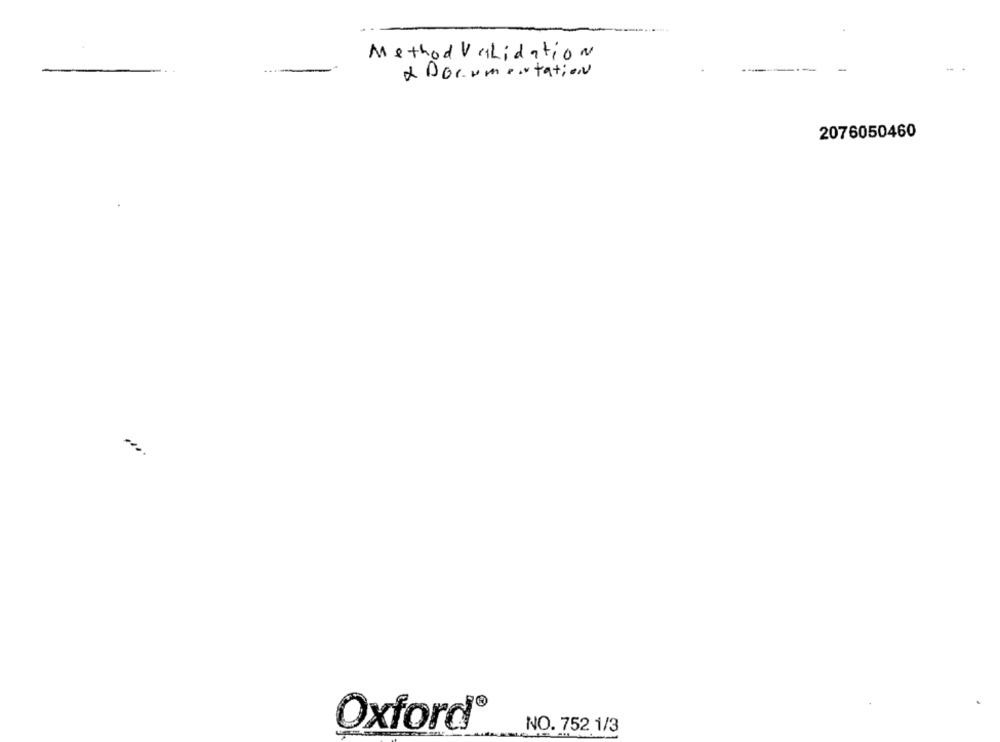
Method Validation
& Documentation
----
2076050460
Oxford®
NO. 752 1/3